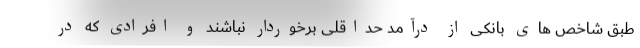
طبق شاخص های بانکی از درآمد حداقلی برخوردار نباشند و افرادی که در